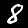
Digit: 8